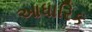
આધારિક